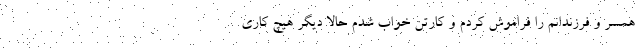
همسر و فرزندانم را فراموش کردم و کارتن خواب شدم حالا دیگر هیچ کاری